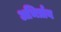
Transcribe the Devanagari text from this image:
अभिर्प्राय